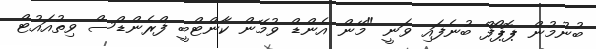
ބުނުމުން ޕޮޕޯފް ބުނެފައި ވަނީ "މޭން އެންޑް ވުމޭން ކާންޓްބީ ފްރެންޑްސް ވިތުއައުޓް